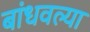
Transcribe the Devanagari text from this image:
बांधवल्या